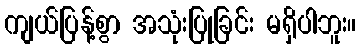
ကျယ်ပြန့်စွာ အသုံးပြုခြင်း မရှိပါဘူး။